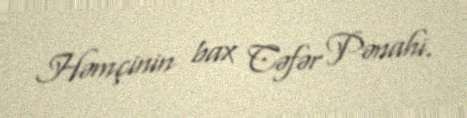
Həmçinin bax Cəfər Pənahi.